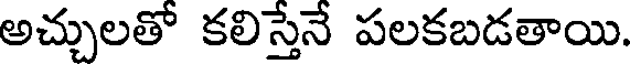
అచ్చులతో కలిస్తేనే పలకబడతాయి.